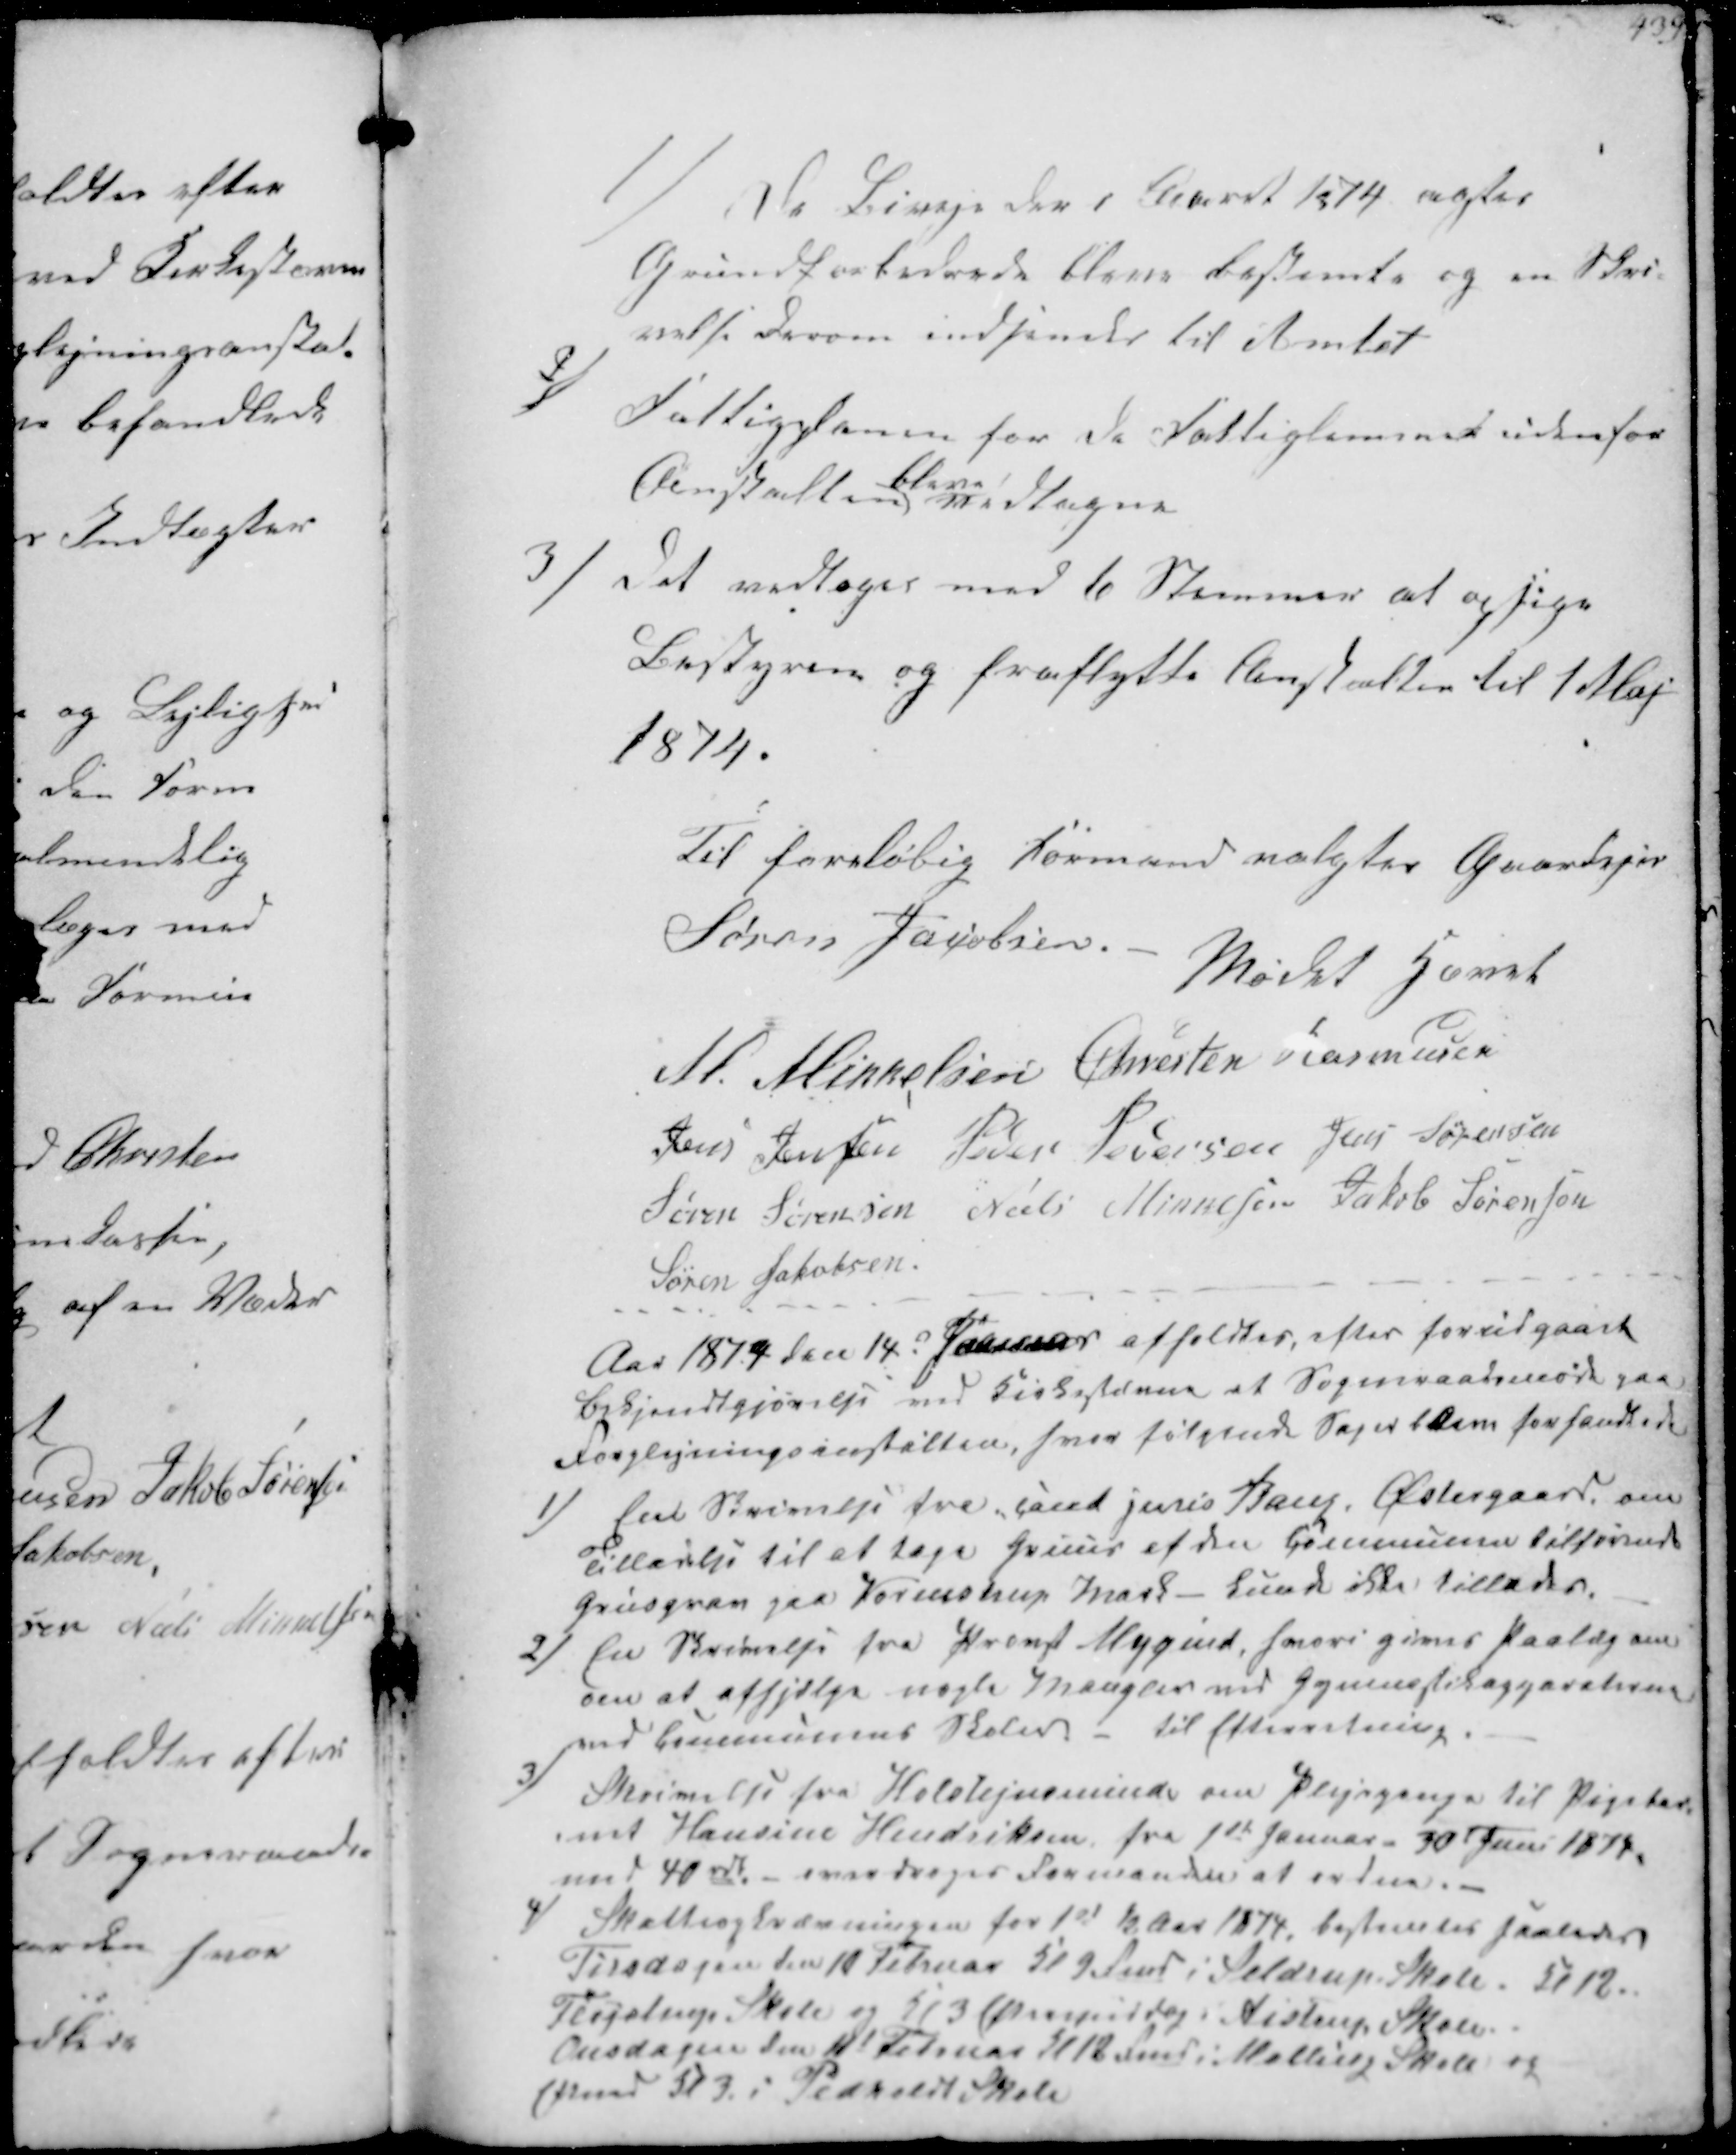
Transskription:
1/
Da  i Aaret 1874 agtes
Grundforbedret bleve Sagsakter og en Skri-
velse derom indsendt til Amtet

2/
Fattigplanen for de Fattiglemmer udenfor
Anstalten
bleve
vedtagne

3/
Det vedtoges med 6 Stemmer at opsige
Bestyren og fraflytte Anstalten til 1 Maj
1874.
Til foreløbig Formand valgtes Gaardejer
Søren Jacobsen

Mødet hævet
M. Mikkelsen Chresten Rasmussen
Jens Jensen Peder Pedersen Jens Sørensen
Søren Sørensen Niels Mikkelsen Jakob Sørensen
Søren Jakobsen

Aar 1819 den 14d Januar afholdtes, efter forudgaaet
Bekjendtgjørelse ved Kirkestævne et Sognraadsmøde paa
Forplejningsanstalten hvor følgende Sager bleve forhandlede

1/
En Skrivelse fra cand Juris Bang Østergaard om
Tilladelse til at tage Gruus af den Communen tilhørende
Grusgrav gaa Vormstrup Mark - kunde ikke tillades

2/
En Skrivelse fra Provst Mygind, hvori gives paalæg om
om at afhjælpe nogle Mangler ved Gymnastikapparaterne
ved Communens Skoler - til Efterretning.

3/
Skrivelse fra Holstejnsminde om Plejepenge til Pigebar-
net Hansine Hendriksen fra 1ste Januar 30 Juni 1874.
med 40rdl overdroges Formanden at ordne

4/
Skatteopkrævningen for 1st ½ Aar 1874, bestemtes faaledes
Tirsdagen den 10 Februar Kl 9 Fmd i Seldrup Skole Kl 12.
Fløjstrup Skole og Kl 3 Eftermiddag i Aistrup Skole
Onsdagen den 11 Februar Kl 12 Fmd i Mallng Skole og
Efmd Kl 3 i Pedholdt Skole